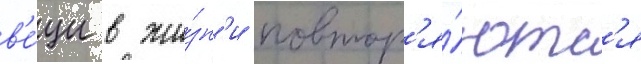
в'е́щи в жи́зн'и повтор'я́ютс'я